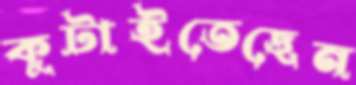
কুটাইতেছেন